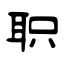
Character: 职